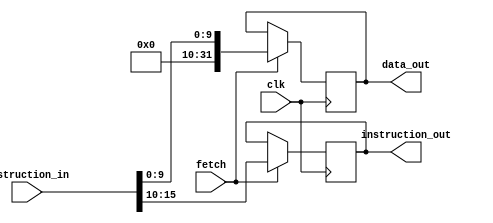
`timescale 1ns / 1ps
module MBRU(
	input clk,
	input fetch,
	input [15:0] instruction_in,
	output reg [5:0] instruction_out,
	output reg [31:0] data_out
);

	always @(posedge clk)

	begin
		if (fetch ==1)
		begin
		instruction_out <= instruction_in[15:10];
		data_out<= {22'b0000000000000000000000,instruction_in[9:0]};
	
		end
	end

endmodule